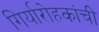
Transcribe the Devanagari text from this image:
गिर्यारोहकांची